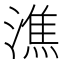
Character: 潐